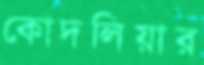
কোদলিয়ার